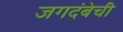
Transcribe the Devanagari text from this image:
जगदंबेची